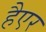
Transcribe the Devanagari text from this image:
हैएर